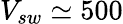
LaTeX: V_{sw}\simeq 500